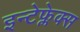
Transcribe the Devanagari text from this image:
इन्टेफ्लेक्स